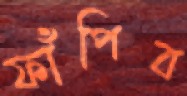
ফাঁপিব